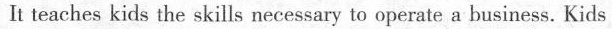
It tesches kids the skills necessary to operate a business.